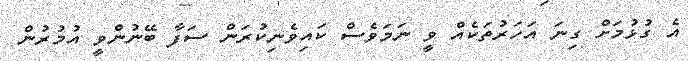
އެ ގުޅުމަށް ގިނަ އަހަރުތަކެއް ވީ ނަމަވެސް ކައިވެނިކުރަން ސަފާ ބޭނުންވީ އުމުރުން